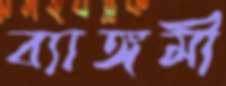
ব্যাঙ্গমী